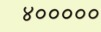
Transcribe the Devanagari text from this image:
४०००००